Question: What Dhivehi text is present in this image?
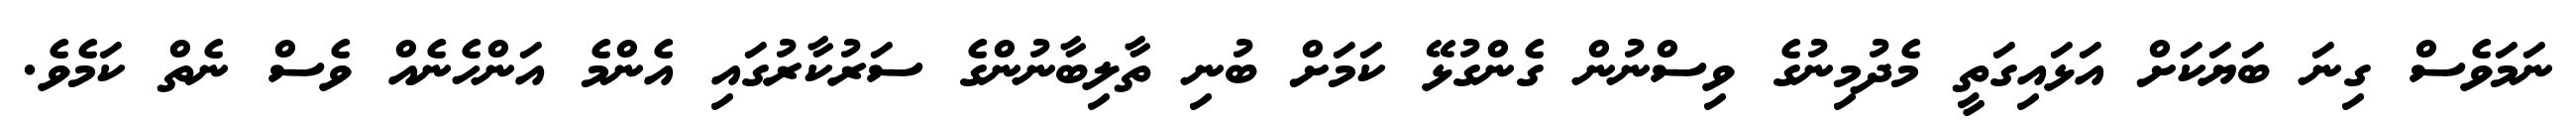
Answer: ނަމަވެސް ގިނަ ބަޔަކަށް އަޅައިގަތީ މެދުމިނުގެ ވިސްނުން ގެންގުޅޭ ކަމަށް ބުނި ތާލިބާނުންގެ ސަރުކާރުގައި އެންމެ އަންހެނެއް ވެސް ނެތް ކަމެވެ.